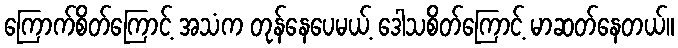
ကြောက်စိတ်ကြောင့် အသံက တုန်နေပေမယ့် ဒေါသစိတ်ကြောင့် မာဆတ်နေတယ်။